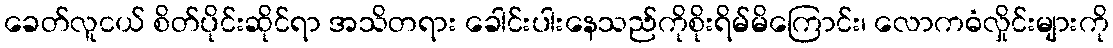
ခေတ်လူငယ် စိတ်ပိုင်းဆိုင်ရာ အသိတရား ခေါင်းပါးနေသည်ကိုစိုးရိမ်မိကြောင်း၊ လောကဓံလှိုင်းများကို